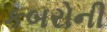
કબરોની